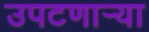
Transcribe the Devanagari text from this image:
उपटणार्‍या